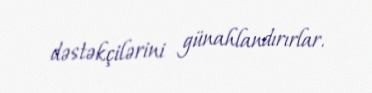
dəstəkçilərini günahlandırırlar.